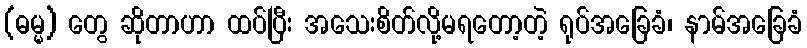
(ဓမ္မ) တွေ ဆိုတာဟာ ထပ်ပြီး အသေးစိတ်လို့မရတော့တဲ့ ရုပ်အခြေခံ၊ နာမ်အခြေခံ